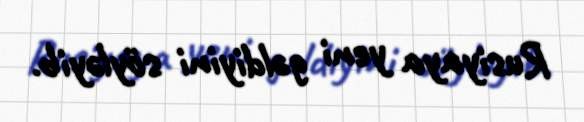
Rusiyaya yeni gəldiyini söyləyib.